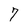
Character: 7